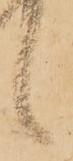
候